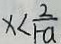
x < \frac { 2 } { 1 - a }